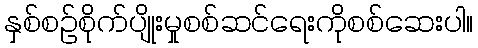
နှစ်စဉ်စိုက်ပျိုးမှုစစ်ဆင်ရေးကိုစစ်ဆေးပါ။